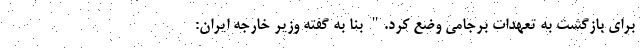
برای بازگشت به تعهدات برجامی وضع کرد." بنا به گفته وزیر خارجه ایران: